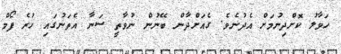
ހަވާލު ކޮށްދިނުމަށް އެދުނެވެ. ގެއަށްދާން ބޭނުން ނުވާތީ ސަނާ އެތަނުގައި ހުރެ ފޯމް